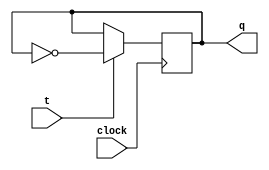
module tFlipFlop (
    output reg q,input t,clock
);
    initial begin
        q <= 0;
    end
    always @(negedge clock) begin
        if(t)
            q <= ~q;
    end
endmodule